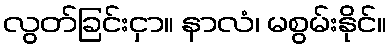
လွတ်ခြင်းငှာ။ နာလံ၊ မစွမ်းနိုင်။